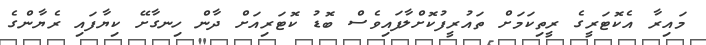
މައިރާ އެކޮޓަރީގެ ރީތިކަމަށް ތައުރީފުކޮށްލާފައިވެސް ބޮޑު ކޮޓަރިއަށް ދާން ހިނގާށޭ ކިޔާފައި ރެޔާންގެ